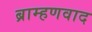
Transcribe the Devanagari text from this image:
ब्राम्हणवाद